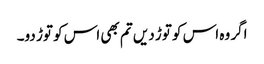
اگر وہ اس کو توڑ دیں تم بھی اس کو توڑ دو۔